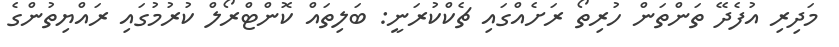
މަދިރި އުފެދޭ ތަންތަން ހުރިތޯ ރަށެއްގައި ޗެކްކުރަނީ: ބަލިތައް ކޮންޓްރޯލް ކުރުމުގައި ރައްޔިތުންގެ